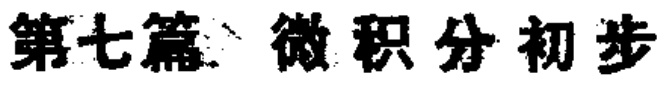
第七篇、微积分初步